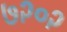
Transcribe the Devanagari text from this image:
७२०२